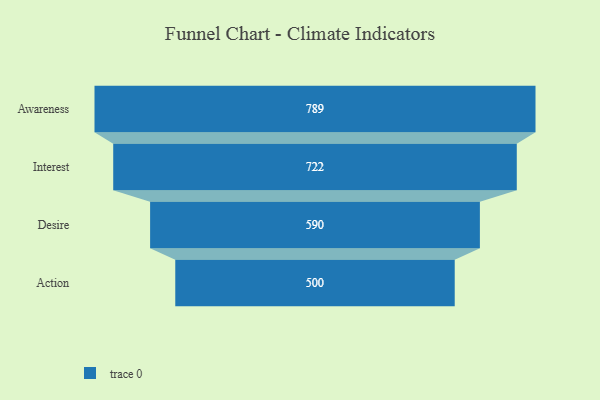
{"axis": {"x": "Stage", "y": "Value"}, "legend": [""], "data": [{"x": "Awareness", "y": 789.0, "type": ""}, {"x": "Interest", "y": 722.0, "type": ""}, {"x": "Desire", "y": 590.0, "type": ""}, {"x": "Action", "y": 500, "type": ""}]}